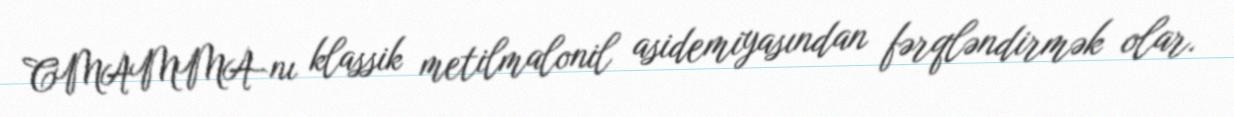
CMAMMA-nı klassik metilmalonil asidemiyasından fərqləndirmək olar.